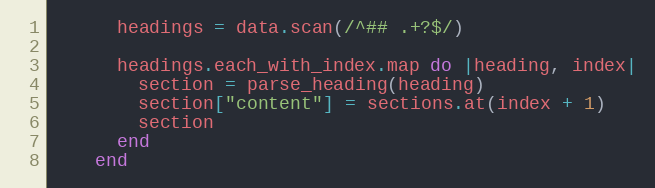
Language: Ruby
      headings = data.scan(/^## .+?$/)

      headings.each_with_index.map do |heading, index|
        section = parse_heading(heading)
        section["content"] = sections.at(index + 1)
        section
      end
    end